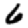
Digit: 6